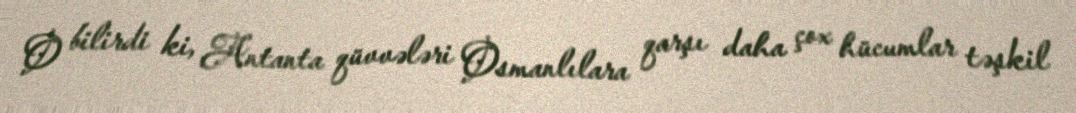
O bilirdi ki, Antanta qüvvələri Osmanlılara qarşı daha çox hücumlar təşkil